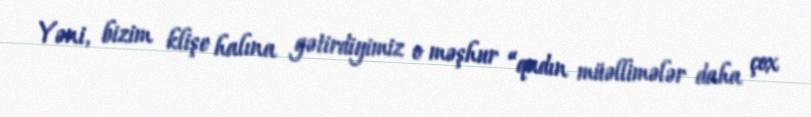
Yəni, bizim klişe halına gətirdiyimiz o məşhur “qadın müəllimələr daha çox